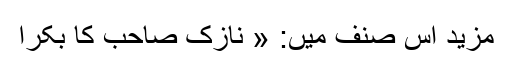
مزید اس صنف میں: « نازک صاحب کا بکرا